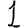
Digit: 1